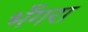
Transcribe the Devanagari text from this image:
भँगरा